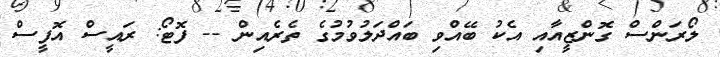
ލޯރަންސް ގޮންޒީއާއި އެކު ބޭއްވި ބައްދަލުވުމުގެ ތެރެއިން -- ފޮޓޯ: ރައީސް އޮފީސް